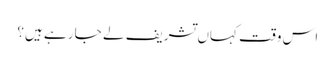
اس وقت کہاں تشریف لے جا رہے ہیں؟